Supplement to the account of plague administration in the Bombay Presidency from September 1896 till May 1897
Year: 1896
Disease focus: Plague
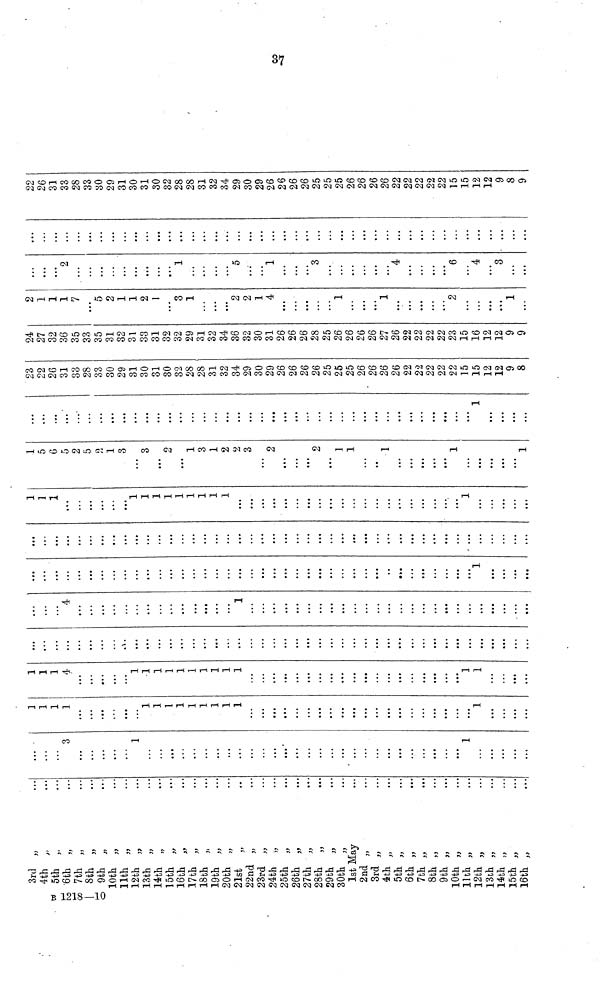
B 1218—10
3rd
4th
5th
•6th
7th
8th
9th
10th
11th
12th
13th
14th
15th
16th
17th
18th
19th
20th
21st
22nd
23rd
24th
25th
26th
27th
28th
29th
30th
1st May
2nd
3rd
4th
5th
6th
7th
8th
9th
10th
11th
12th
13th
14th
15th
16th
,,
,,
,,
,,
,,
,,
,,
,,
,,
,,
,,
,,
,,
,,
,,
,,
,,
,,
,,
,,
,,
,,
,,
,,
,,
,,
,,
,,
,,
,,
,,
,,
,,
,,
,,
,,
,,
,,
,,
,,
,,
,,
,,
...
...
...
...
...
....
...
....
...
...
...
...
...
...
...
...
...
...
...
...
...
...
...
...
...
...
...
...
...
...
...
...
...
...
...
...
...
...
...
...
...
...
...
...
...
...
3
...
...
...
...
...
1
...
...
...
...
...
...
...
...
...
....
.....
...
...
...
...
...
...
...
...
...
...
...
...
...
...
...
...
...
1
...
...
...
...
...
1
1
1
1
...
...
...
...
...
...
1
1
1
1
1
1
1
1
1
...
...
...
...
...
...
...
...
...
...
...
...
...
...
...
...
...
...
...
...
1
...
...
...
...
1
1
1
4
...
...
...
...
...
1
1
1
1
1
1
1
1
1
1
...
...
...
...
...
...
...
...
...
...
...
...
...
...
...
...
...
...
...
1
1
...
...
...
...
...
...
...
...
...
...
...
...
...
...
...
...
...
...
...
...
...
...
...
...
...
...
...
...
...
...
...
...
...
...
...
...
...
...
...
...
...
...
...
...
...
...
...
...
...
...
...
4
...
...
...
...
...
...
...
...
...
...
...
...
...
...
1
...
...
...
...
...
...
...
...
...
...
...
...
...
...
...
...
...
...
...
...
...
...
...
...
...
...
...
...
...
...
...
...
...
...
...
...
...
...
...
...
...
...
...
...
...
...
...
...
...
...
...
...
...
...
...
...
...
...
...
...
...
...
...
...
1
...
...
...
...
...
...
...
...
...
...
...
...
...
...
...
...
...
...
...
...
...
...
...
...
...
...
...
...
...
...
...
...
...
...
...
...
...
...
...
...
...
...
...
...
...
...
...
...
1
1
1
...
...
...
...
...
...
1
1
1
1
1
1
1
...
...
...
...
...
...
...
...
...
...
...
...
...
...
...
...
...
...
...
...
1
...
...
...
...
...
1
5
6
5
2
5
2
1
3
...
3
...
2
...
1
3
1
2
2
3
...
2
...
...
...
2
...
1
1
...
...
1
...
...
...
...
...
1
...
...
...
...
...
1
...
...
...
...
...
...
...
...
...
...
...
...
...
...
...
...
...
...
...
...
...
...
...
...
...
...
...
...
...
...
...
...
...
...
...
...
...
...
...
1
...
...
...
...
23
22
26
31
33
28
33
30
29
31
30
31
30
32
28
28
31
32
34
29
30
29
26
26
26
26
25
25
25
26
26
26
26
22
22
22
22
22
15
15
12
12
9
8
24
27
32
36
35
33
35
31
32
31
33
31
32
32
29
31
32
34
36
32
30
31
26
26
26
28
25
26
26
26
26
27
26
22
22
22
22
23
15
16
12
12
9
9
2
1
1
1
7
...
5
2
1
1
2
1
...
3
1
...
...
...
2
2
1
4
...
...
...
...
...
1
...
...
...
1
...
...
...
...
...
2
...
...
...
...
1
...
...
...
...
2
...
...
...
...
...
...
...
...
...
1
...
...
...
...
5
...
...
1
...
...
...
3
...
...
...
...
...
...
4
...
...
...
...
6
...
4
...
3
...
...
...
...
...
...
...
...
...
...
...
...
...
...
...
...
...
...
...
...
...
...
...
...
...
...
...
...
...
...
...
...
...
...
...
...
...
...
...
...
...
...
...
...
...
...
22
26
31
33
28
33
30
29
31
30
31
30
32
28
28
31
32
34
29
30
29
26
26
26
26
25
25
25
26
26
26
26
22
22
22
22
22
15
15
12
12
9
8
9
37